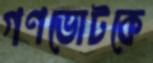
গণভোটকে